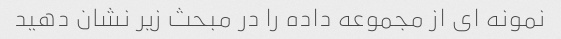
نمونه ای از مجموعه داده را در مبحث زیر نشان دهید